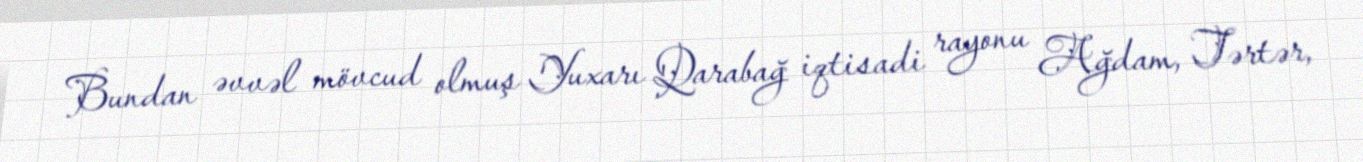
Bundan əvvəl mövcud olmuş Yuxarı Qarabağ iqtisadi rayonu Ağdam, Tərtər,